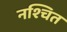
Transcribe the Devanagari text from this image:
नश्चित